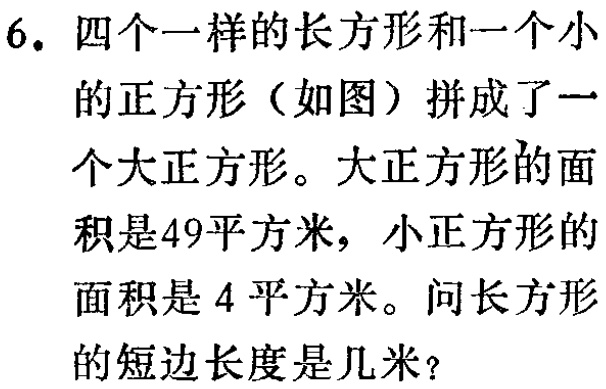
6. 四个一样的长方形和一个小的正方形（如图）拼成了一个大正方形。大正方形的面积是49平方米，小正方形的面积是4平方米。问长方形的短边长度是几米？